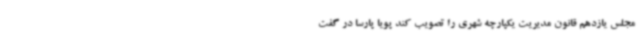
مجلس یازدهم قانون مدیریت یکپارچه شهری را تصویب کند پویا پارسا در گفت